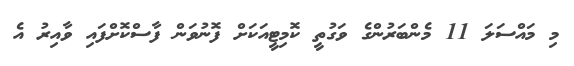
މި މައްސަލަ 11 މެންބަރުންގެ ވަގުތީ ކޮމިޓީއަކަށް ފޮނުވަން ފާސްކޮށްފައި ވާއިރު އެ